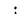
Character: j